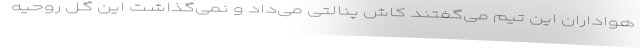
هواداران این تیم می‌گفتند کاش پنالتی می‌داد و نمی‌گذاشت این گل روحیه